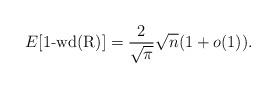
LaTeX: \begin{align*}E[1\mbox{-wd(R)}] = \frac{2}{\sqrt{\pi}}\sqrt{n}(1+o(1)).\end{align*}